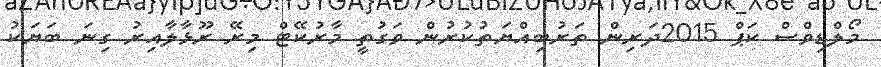
މޯލްޑިވްސް ކަޕް 2015ދަރިން ތަރުބިއްޔަތުކުރުން ވަގުތީ މާރުކޭޓް މިރޭ ރޫޅާލާއިރު ގިނަ ބަޔަކު